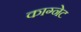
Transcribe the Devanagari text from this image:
काग्नेट